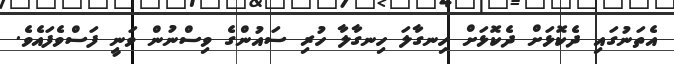
އެތަނުގައި ދެކޮޅަށް ދެކޮޅަށް ހިނގާލަ ހިނގާލާ ހުރި ސައުންގެ ވިސްނުން ވަނީ ފަސްވެފައެވެ.